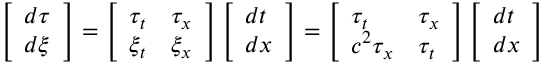
\left[ \begin{array} { l } { d \tau } \\ { d \xi } \end{array} \right] = \left[ \begin{array} { l l } { \tau _ { t } } & { \tau _ { x } } \\ { \xi _ { t } } & { \xi _ { x } } \end{array} \right] \left[ \begin{array} { l } { d t } \\ { d x } \end{array} \right] = \left[ \begin{array} { l l } { \tau _ { t } } & { \tau _ { x } } \\ { c ^ { 2 } \tau _ { x } } & { \tau _ { t } } \end{array} \right] \left[ \begin{array} { l } { d t } \\ { d x } \end{array} \right]